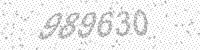
Solution: 989630